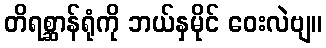
တိရစ္ဆာန်ရုံကို ဘယ်နှမိုင် ဝေးလဲဗျ။